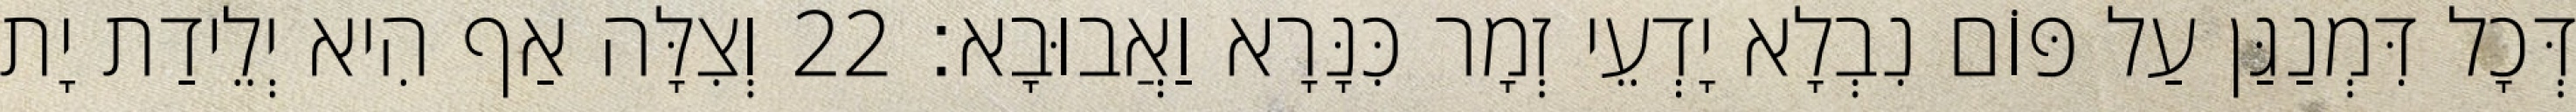
דְּכָל דִּמְנַגַּן עַל פּוֹם נִבְלָא יָדְעֵי זְמָר כִּנָּרָא וַאֲבוּבָא׃ 22 וְצִלָּה אַף הִיא יְלֵידַת יָת